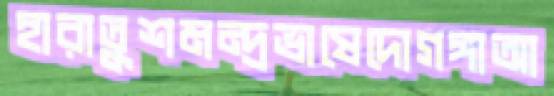
হারাতুশমন্দ্রভাষেদোগঙ্গাআ